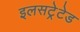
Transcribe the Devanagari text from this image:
इलसट्रेटेड